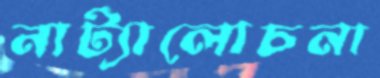
নাট্যালোচনা